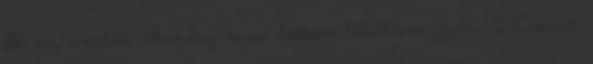
ill. az eredeti Stanley kupa láttán libabőröztem. A Csicsó